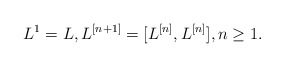
\begin{align*}L^1=L,L^{[n+1]}=[L^{[n]},L^{[n]}], n \geq 1.\end{align*}